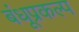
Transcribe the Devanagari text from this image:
बंधूप्रकल्प